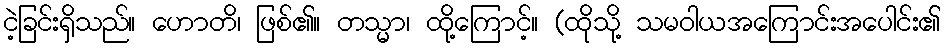
ငဲ့ခြင်းရှိသည်။ ဟောတိ၊ ဖြစ်၏။ တသ္မာ၊ ထို့ကြောင့်။ (ထိုသို့ သမဝါယအကြောင်းအပေါင်း၏